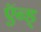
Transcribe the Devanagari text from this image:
ऍन्ड्